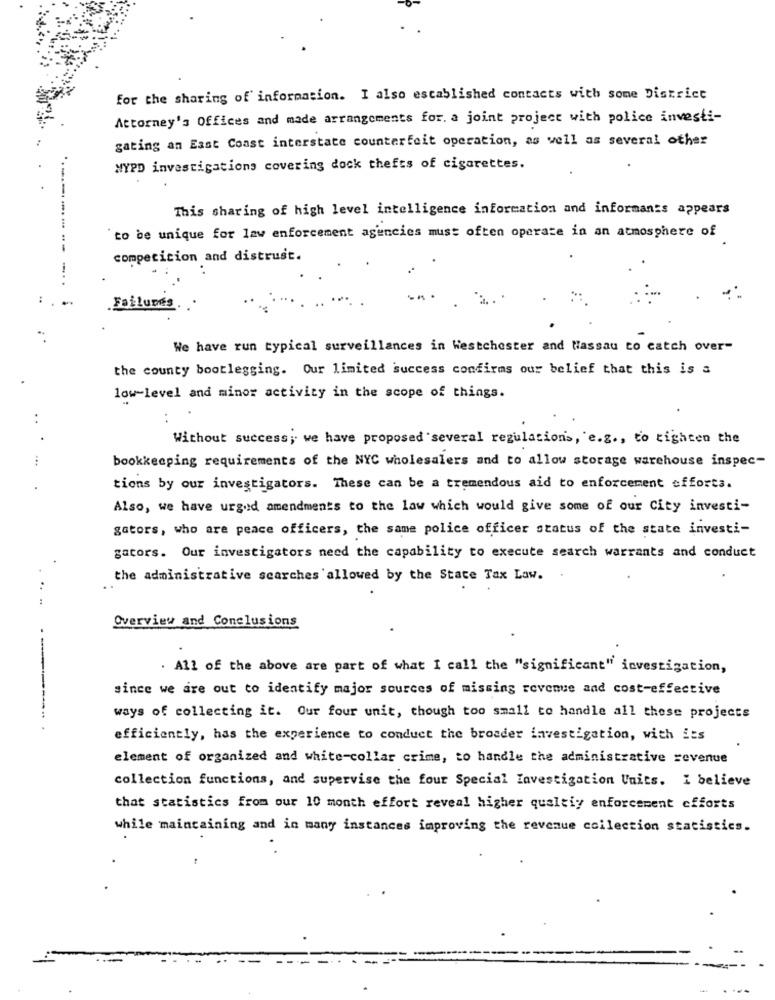
for the sharing of information. I also established contacts with some District
Attorney's Offices and made arrangements for. a joint project with police investi-
gating an East Coast interstate counterfeit operation, as well as several other
NYPD investigations covering dock thefts of cigarettes.
This sharing of high level intelligence information and informants appears
to be unique for law enforcement agencies muss often operate in an atmosphere of
competition and distrust.
-
Failures.
We have run typical surveillances in Westchester and Nassau to catch over-
the county bootlegging. Our limited success confirms our belief that this is a
low-level and minor activity in the scope of things.
..
Without success; we have proposed several regulations, e.g ., to tighten the
...
bookkeeping requirements of the NYC wholesalers and to allow storage warehouse inspec-
tions by our investigators. These can be a tremendous aid to enforcement efforts.
Also, we have urged amendments to the law which would give some of our City investi-
gators, who are peace officers, the same police officer status of the state investi-
gators. Our investigators need the capability to execute search warrants and conduct
the administrative searches allowed by the State Tax Law. .
....
Overview and Conclusions
. All of the above are part of what I call the "significant" investigation,
since we are out to identify major sources of missing revenue and cost-effective
ways of collecting it. Our four unit, though too small to handle all these projects
efficiently, has the experience to conduct the broader investigation, with its
element of organized and white-collar crime, to handle the administrative revenue
collection functions, and supervise the four Special Investigation Units. i believe
that statistics from our 10 month effort reveal higher qualtiy enforcement efforts
while maintaining and in many instances improving the revenue collection statistics.